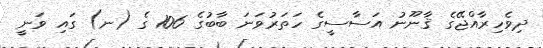
ދިވެހިރާއްޖޭގެ ޤާނޫނު އަސާސީގެ ހަތަރުވަނަ ބާބުގެ 106 ގެ (ނ) ގައި ވަނީ